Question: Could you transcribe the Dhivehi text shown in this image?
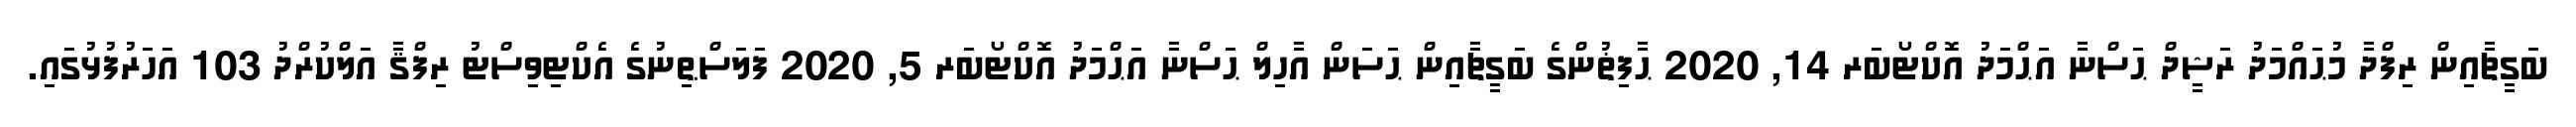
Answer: ބަގީޗާއިން ރިފްދާ މުޙައްމަދު ރަޝީދް ޙަސްނާ އަޙްމަދު އޮކްޓޯބަރ 14, 2020 ޙާފިޡުންގެ ބަގީޗާއިން ޙަސަން އާހިލް ޙަސްނާ އަޙްމަދު އޮކްޓޯބަރ 5, 2020 ފަލަސްޠިނުގެ އެކްޓިވިސްޓު ރިފްޤާ އަލްކުރްދު 103 އަހަރުފުޅުގައި.